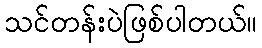
သင်တန်းပဲဖြစ်ပါတယ်။